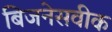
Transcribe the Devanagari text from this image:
बिजनेसवीक